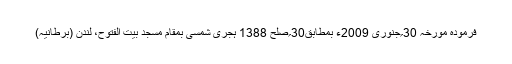
فرمودہ مورخہ 30؍جنوری 2009ء بمطابق30؍صلح 1388 ہجری شمسی بمقام مسجد بیت الفتوح، لندن (برطانیہ)